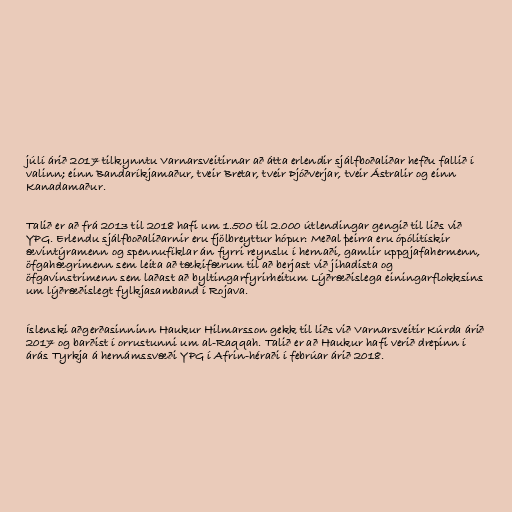
júlí árið 2017 tilkynntu Varnarsveitirnar að átta erlendir sjálfboðaliðar hefðu fallið í
valinn; einn Bandaríkjamaður, tveir Bretar, tveir Þjóðverjar, tveir Ástralir og einn
Kanadamaður.

Talið er að frá 2013 til 2018 hafi um 1.500 til 2.000 útlendingar gengið til liðs við
YPG. Erlendu sjálfboðaliðarnir eru fjölbreyttur hópur: Meðal þeirra eru ópólitískir
ævintýramenn og spennufíklar án fyrri reynslu í hernaði, gamlir uppgjafahermenn,
öfgahægrimenn sem leita að tækifærum til að berjast við jihadista og
öfgavinstrimenn sem laðast að byltingarfyrirheitum Lýðræðislega einingarflokksins
um lýðræðislegt fylkjasamband í Rojava.

Íslenski aðgerðasinninn Haukur Hilmarsson gekk til liðs við Varnarsveitir Kúrda árið
2017 og barðist í orrustunni um al-Raqqah. Talið er að Haukur hafi verið drepinn í
árás Tyrkja á hernámssvæði YPG í Afrin-héraði í febrúar árið 2018.